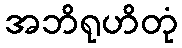
အဘိရုဟိတုံ